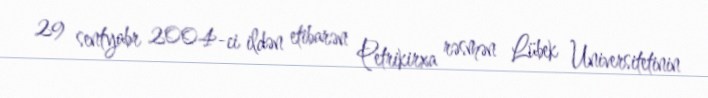
29 sentyabr 2004-ci ildən etibarən Petrikirxa rəsmən Lübek Universitetinin